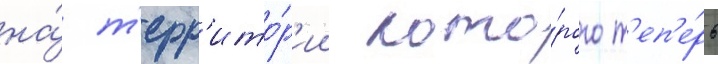
на́ т'ерр'ито́р'ии кото́рого т'еп'е́рь